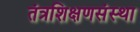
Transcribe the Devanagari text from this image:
तंत्रशिक्षणसंस्था